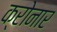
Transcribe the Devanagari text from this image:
क्रोनार